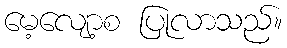
မေ့လျော့စ ပြုလာသည်။